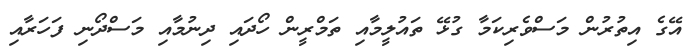
އޭގެ އިތުރުން މަސްވެރިކަމާ ގުޅޭ ތައުލީމާއި ތަމްރީން ހޯދައި ދިނުމާއި މަސްދޯނި ފަހަރާއި